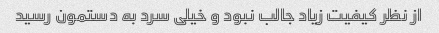
از نظر کیفیت زیاد جالب نبود و خیلی سرد به دستمون رسید